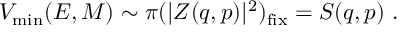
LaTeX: V _ { \mathrm { m i n } } ( E , M ) \sim \pi ( | Z ( q , p ) | ^ { 2 } ) _ { \mathrm { f i x } } = S ( q , p ) \ .